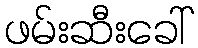
ဖမ်းဆီးခေါ်